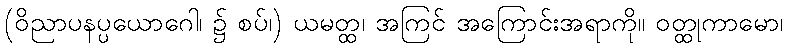
(ဝိညာပနပ္ပယောဂေါ၊ ၌ စပ်၊) ယမတ္ထ၊ အကြင် အကြောင်းအရာကို။ ဝတ္ထုကာမော၊